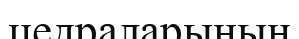
цедраларының